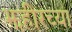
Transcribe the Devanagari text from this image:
झहीरच्या